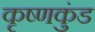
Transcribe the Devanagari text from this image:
कृष्णकुंड